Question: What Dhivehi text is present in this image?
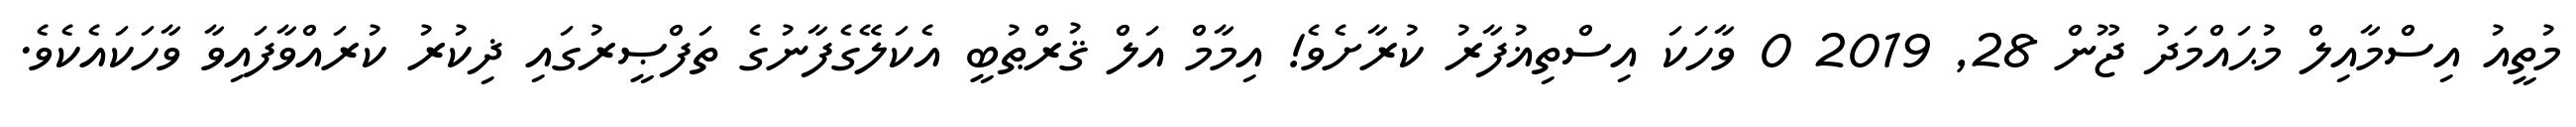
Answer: މުތީއު އިސްމާއިލް މުޙައްމަދު ޖޫން 28, 2019 0 ވާހަކަ އިސްތިޣުފާރު ކުރާށެވެ! އިމާމް އަލް ޤުރްޠުބީ އެކަލޭގެފާނުގެ ތަފްޞީރުގައި ޛިކުރު ކުރައްވާފައިވާ ވާހަކައެކެވެ.